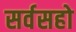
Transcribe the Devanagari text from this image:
सर्वसहो